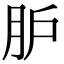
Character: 𦙅